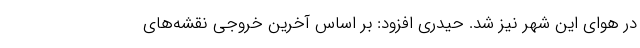
در هوای این شهر نیز شد. حیدری افزود: بر اساس آخرین خروجی نقشه‌های